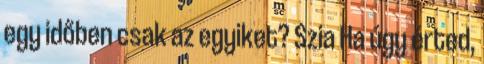
egy időben csak az egyiket? Szia Ha úgy érted,